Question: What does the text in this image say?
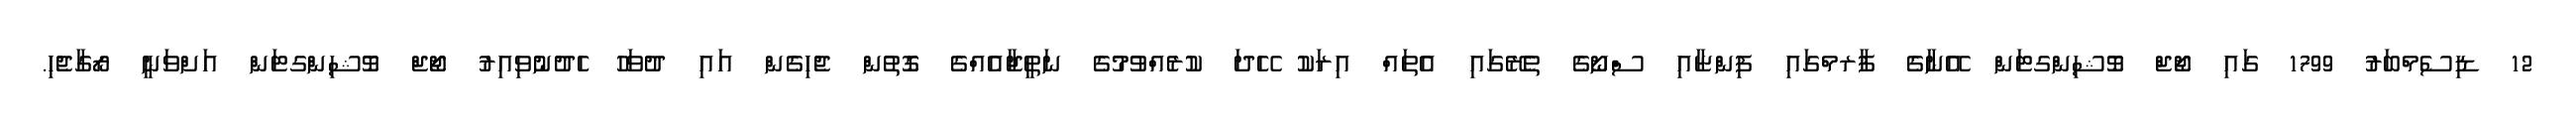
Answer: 12 ޑިސެމްބަރު 1799 ގައި ޖޯޖް ވޮޝިންގޓަން އޭނާގެ ފާރމްގައި ފިންޏާއި ސްނޯގެ ތެރޭގައި އެތައް އިރަކު ހޭދަ ކުރެއްވުމުގެ ނަތީޖާއެއްގެ ގޮތުން ޖެހިގެން އައި ދުވަހު ހެދުނުވިއިރު ޖޯޖް ވޮޝިންގޓަން އަށްވަނީ ރޯގާޖެހި.